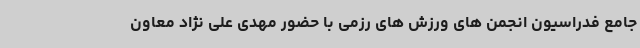
جامع فدراسیون انجمن های ورزش های رزمی با حضور مهدی علی نژاد معاون